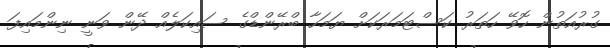
ގުރުއަތުން ހޮވޭ ހަތަރު ކަސްޓަމަރަކަށް ޔަމަހާ ބްރޭންޑްގެ ސައިކަލެއް ދޭން ވަނީ ނިންމައިފަ